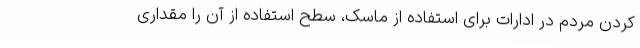
کردن مردم در ادارات برای استفاده از ماسک، سطح استفاده از آن را مقداری